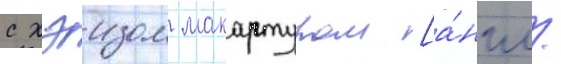
с хэизом макартуром [а́нгл.